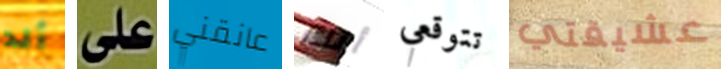
ألد على عانقني أنك تتوقعي عشيقتي